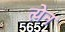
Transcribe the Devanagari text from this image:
त्येन